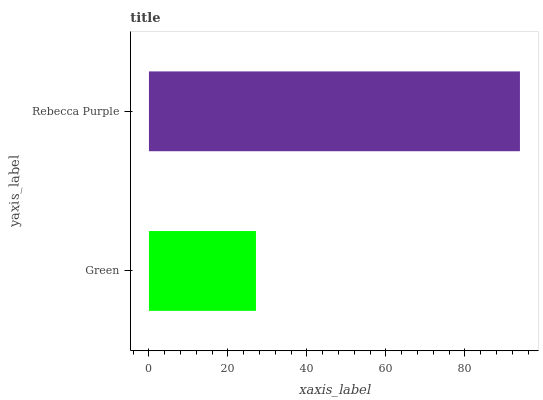
| yaxis_label | bars |
 | --- | --- |
 | Green | 27.1 |
 | Rebecca Purple | 93.9 |